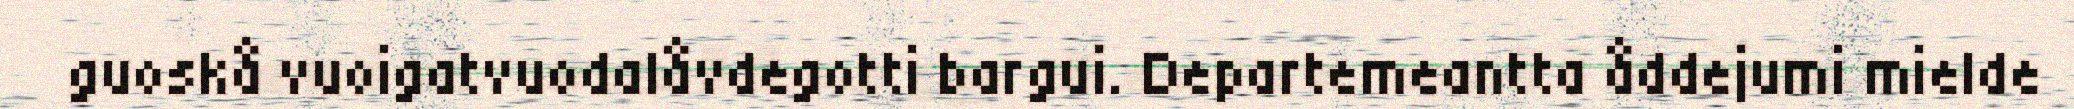
guoskå vuoigatvuodalåvdegotti bargui. Departemeantta åddejumi mielde